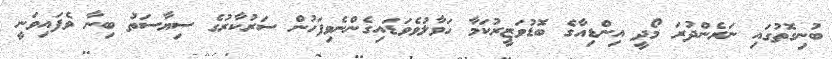
ބުނިގޮތުގައި ނަރެންދުރަ މޯދީ އިންޑިއާގެ ބޮޑުވަޒީރުކަމާ ހަވާލުވެވަޑައިގެންނެވިފަހުން ސަރުކާރުގެ ސިޔާސަތު ބިނާ ވެފައިވަނީ